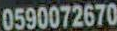
0590072670